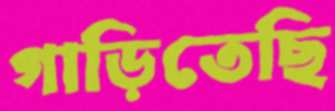
গাড়িতেছি